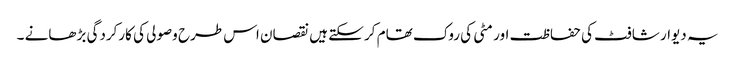
یہ دیوار شافٹ کی حفاظت اور مٹی کی روک تھام کر سکتے ہیں نقصان اس طرح وصولی کی کارکردگی بڑھانے ۔